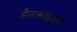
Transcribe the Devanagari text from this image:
डैन्डलाइअन